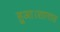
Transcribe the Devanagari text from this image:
हुआ।शानाज़